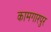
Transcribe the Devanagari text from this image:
कामगारपुर